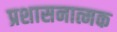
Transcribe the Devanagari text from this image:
प्रशासनात्मक